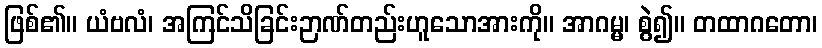
ဖြစ်၏။ ယံဗလံ၊ အကြင်သိခြင်းဉာဏ်တည်းဟူသောအားကို။ အာဂမ္မ၊ စွဲ၍။ တထာဂတော၊